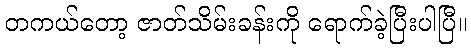
တကယ်တော့ ဇာတ်သိမ်းခန်းကို ရောက်ခဲ့ပြီးပါပြီ။